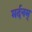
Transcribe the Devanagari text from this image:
मर्दनम्